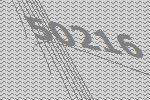
50216